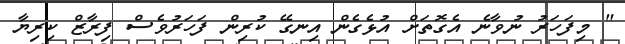
" މިފަހަރު ނުވާނެ އެގޮތަށް އުޅެގެން އިނގޭ ކުރިން ފަހަރުވެސް ފިރާޒް ކިރިޔާ